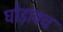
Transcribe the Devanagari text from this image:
घोड़ावच